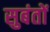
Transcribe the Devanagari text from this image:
सुबंतों